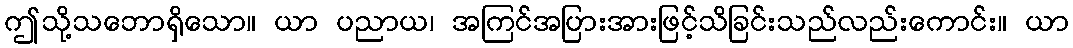
ဤသို့သဘောရှိသော။ ယာ ပညာယ၊ အကြင်အပြားအားဖြင့်သိခြင်းသည်လည်းကောင်း။ ယာ